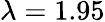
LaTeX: \lambda=1.95